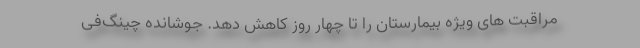
مراقبت های ویژه بیمارستان را تا چهار روز کاهش دهد. جوشانده چینگ‌فی